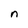
Character: n